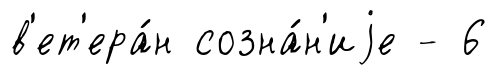
в'ет'ера́н созна́н'иjе - 6